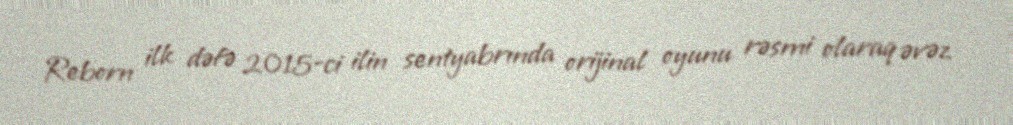
Reborn ilk dəfə 2015-ci ilin sentyabrında orijinal oyunu rəsmi olaraq əvəz